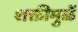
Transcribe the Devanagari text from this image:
शक्तीमुळें